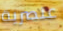
عنصرية